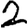
Digit: 2